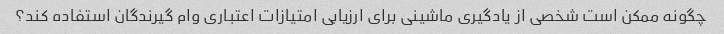
چگونه ممکن است شخصی از یادگیری ماشینی برای ارزیابی امتیازات اعتباری وام گیرندگان استفاده کند؟